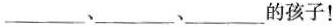
___、___、___的孩子！